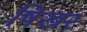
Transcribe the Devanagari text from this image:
षिखर